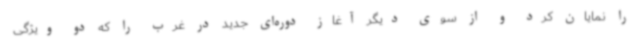
را نمایان کرد و از سوی دیگر آغاز دوره‌ای جدید در غرب را که دو ویژگی